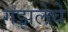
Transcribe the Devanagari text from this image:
गझलेचे